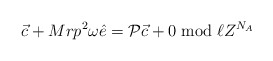
\begin{align*}{\vec c} + Mrp^{2}\omega {\hat e} = {\cal P}{\vec c} + 0\bmod{\ell Z^{N_A}}\end{align*}